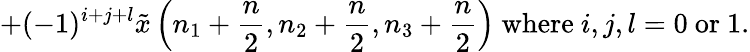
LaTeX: +(-1)^{i+j+l}{\tilde{x}}\left(n_{1}+{\frac{n}{2}},n_{2}+{\frac{n}{2}},n_{3}+{\frac{n}{2}}\right){\mathrm{~where~}}i,j,l=0{\mathrm{~or~}}1.